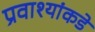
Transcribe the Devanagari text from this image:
प्रवाश्यांकडे